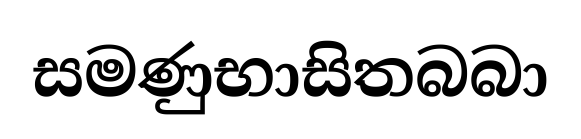
සමණුභාසිතබබා